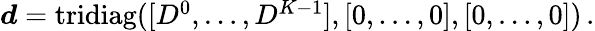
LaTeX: \begin{array}{r}{\boldsymbol{d}=\mathrm{tridiag}([D^{0},\dots,D^{K-1}],[0,\dots,0],[0,\dots,0])\, .}\end{array}